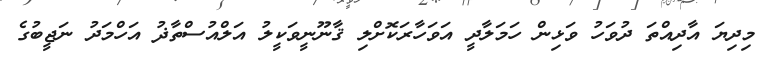
މިދިޔަ އާދިއްތަ ދުވަހު ވަޅިން ހަމަލާދީ އަވަހާރަކޮށްލި ޤާނޫނީވަކީލު އަލްއުސްތާޛު އަހްމަދު ނަޖީބުގެ